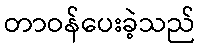
တာဝန်ပေးခဲ့သည်